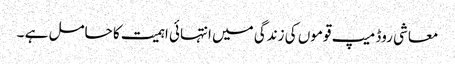
معاشی روڈ میپ قوموں کی زندگی میں انتہائی اہمیت کا حامل ہے ۔